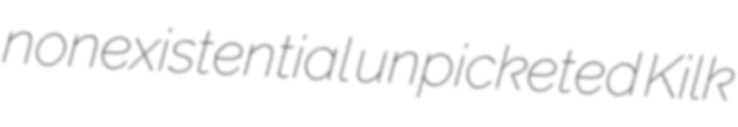
nonexistential unpicketed Kilk